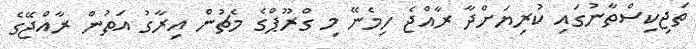
ތަޖިކިސްތާނުގައި ކުރިޔަށްދާ ރާއްޖެ ހިމެނޭ މި ގްރޫޕްގެ މެޗުން އިރާގު އަތުން ރާއްޖޭގެ